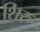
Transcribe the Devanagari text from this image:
शिरु